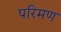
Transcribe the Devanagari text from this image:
परिमण